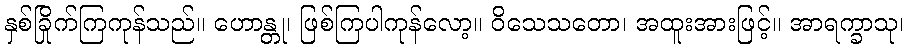
နှစ်ခြိုက်ကြကုန်သည်။ ဟောန္တု၊ ဖြစ်ကြပါကုန်လော့။ ဝိသေသတော၊ အထူးအားဖြင့်။ အာရက္ခာသု၊